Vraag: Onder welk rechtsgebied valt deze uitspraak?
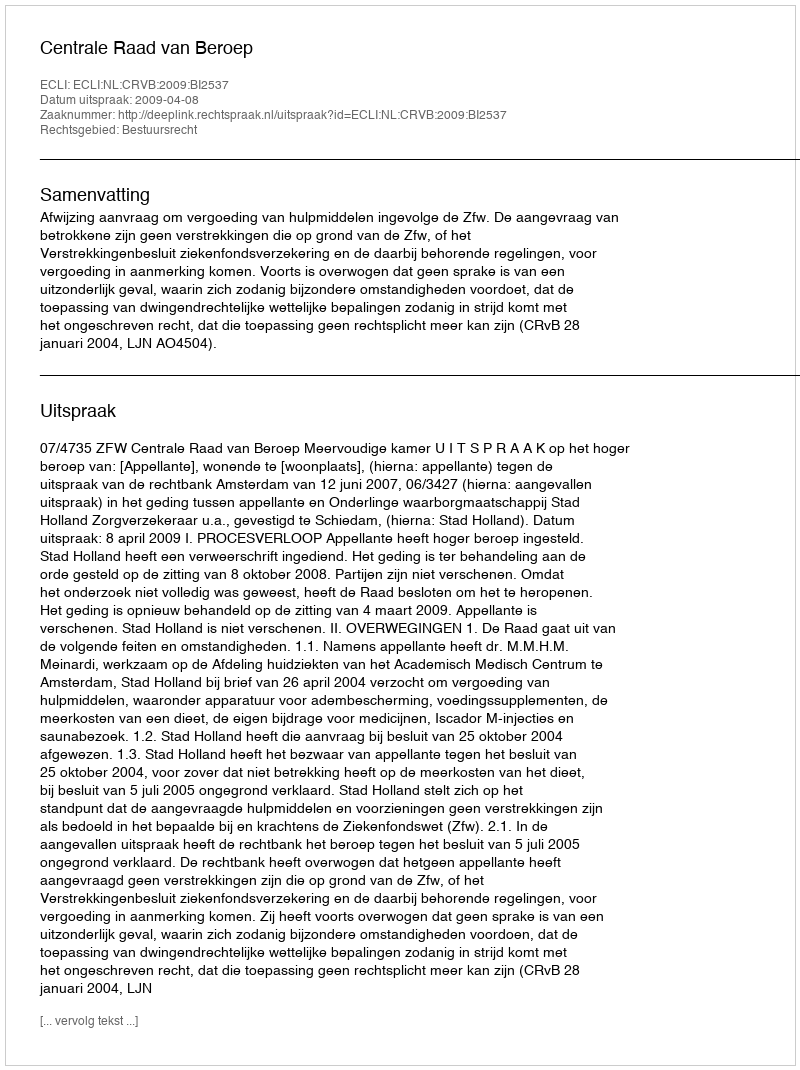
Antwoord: Bestuursrecht